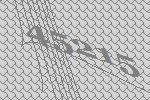
45215